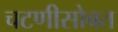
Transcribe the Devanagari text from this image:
चटणीसोबत